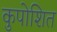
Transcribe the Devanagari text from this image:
कुपोशित